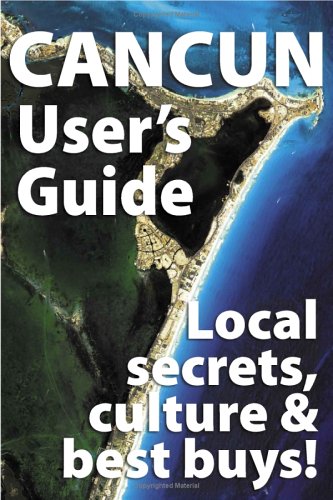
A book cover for Cancun User's Guide; Jules Siegel; Travel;